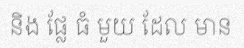
និង ផ្លែ ធំ មួយ ដែល មាន